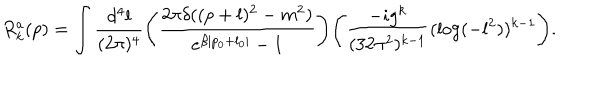
R _ { k } ^ { a } ( p ) = \int \frac { d ^ { 4 } l } { ( 2 \pi ) ^ { 4 } } \Bigg ( \frac { 2 \pi \delta ( ( p + l ) ^ { 2 } - m ^ { 2 } ) } { e ^ { \beta | p _ { 0 } + l _ { 0 } | } - 1 } \Bigg ) \Bigg ( \frac { - i g ^ { k } } { ( 3 2 \pi ^ { 2 } ) ^ { k - 1 } } ( \log ( - l ^ { 2 } ) ) ^ { k - 1 } \Bigg ) .